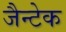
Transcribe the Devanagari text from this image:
जैन्टेक